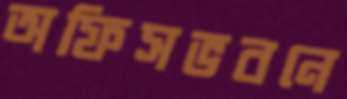
অফিসভবনে